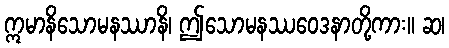
ဣမာနိသောမနဿာနိ၊ ဤသောမနဿဝေဒနာတို့ကား။ ဆ၊